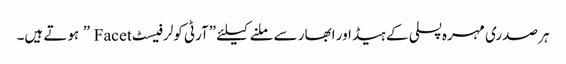
ہر صدری مہرہ پسلی کے ہیڈ اور ابھار سے ملنے کیلئے ”آرٹی کولر فیسٹ Facet ” ہوتے ہیں۔